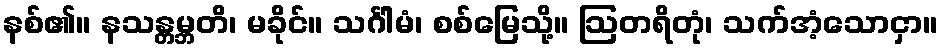
နစ်၏။ နသန္တမ္ဘတိ၊ မခိုင်။ သင်္ဂါမံ၊ စစ်မြေသို့။ ဩတရိတုံ၊ သက်အံ့သောငှာ။